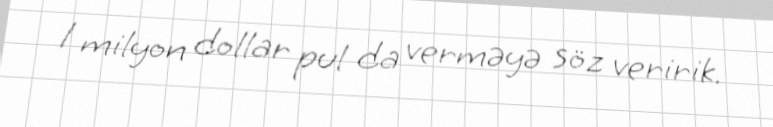
1 milyon dollar pul da verməyə söz veririk.